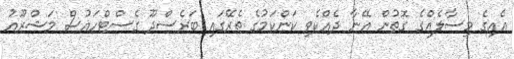
އެއިގެ މިސާލެއްގެ ގޮތުން އޭނާ ދެއްކެވި ކަންކަމުގެ ތެރޭގައި ބަރެސްދޫ ގެސްޓްހައުސް މަޝްރޫއު